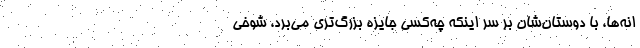
انه‌ها، با دوستان‌شان بر سر اینکه چه‌کسی جایزه بزرگ‌تری می‌برد، شوخی